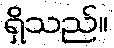
ရှိသည်။